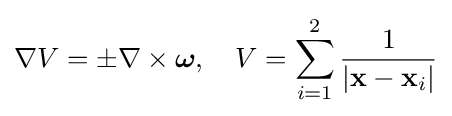
\nabla V=\pm \nabla \times {\boldsymbol {\omega }},\quad V=\sum _{i=1}^{2}{\frac {1}{|\mathbf {x} -\mathbf {x} _{i}|}}